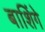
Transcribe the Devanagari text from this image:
बाशिंगे